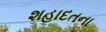
શહાદતના